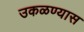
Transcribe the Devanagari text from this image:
उकळण्यास